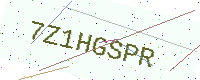
Text: 7Z1HGSPR